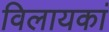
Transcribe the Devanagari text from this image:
विलायकां